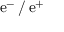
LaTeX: \mathrm { e } ^ { - } \, / \, \mathrm { e } ^ { + }